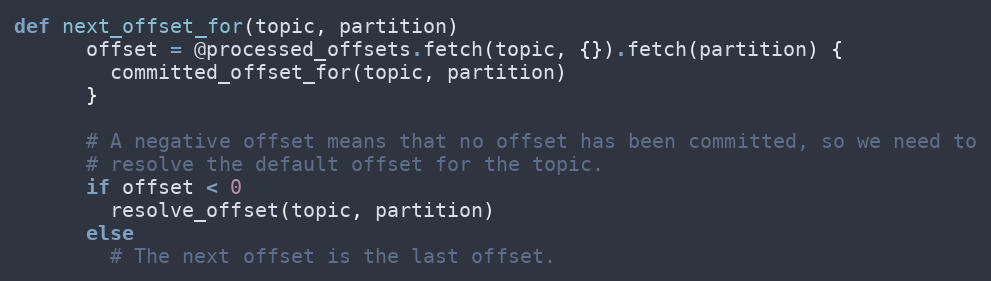
Language: Ruby
def next_offset_for(topic, partition)
      offset = @processed_offsets.fetch(topic, {}).fetch(partition) {
        committed_offset_for(topic, partition)
      }

      # A negative offset means that no offset has been committed, so we need to
      # resolve the default offset for the topic.
      if offset < 0
        resolve_offset(topic, partition)
      else
        # The next offset is the last offset.